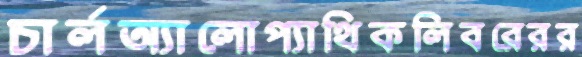
চার্লঅ্যালোপ্যাথিকলিবরেরর